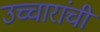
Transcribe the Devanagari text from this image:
उच्चारांची